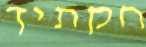
חקתיך